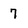
Character: 7